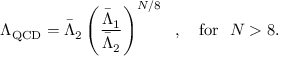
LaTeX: \Lambda _ { \mathrm { Q C D } } = \bar { \Lambda } _ { 2 } \left( { \frac { \bar { \Lambda } _ { 1 } } { \bar { \Lambda } _ { 2 } } } \right) ^ { N / 8 } \ \ , \ \ \ \mathrm { f o r } \ \ N > 8 .